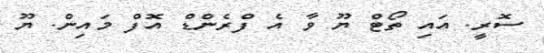
ސޮރީ. އައި ތޯޓް ޔޫ ވާ އެ ފްރެންޑް އޮފް މައިން. ޔޫ